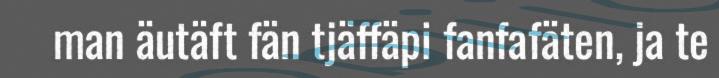
man äutäft fän tjäffäpi fanfafäten, ja te